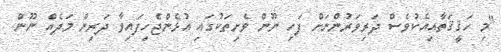
"މި ހަޤީޤަތާއިއެކުވެސް ދަރިވަރުންނަށް ފަހި ނޫން ވެށިތަކުގައި އުޅެންޖެހިފައިވާ ދަރިން މަދެއް ނޫން.